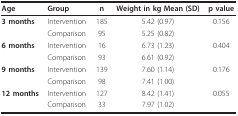
| Age | Group | n | Weight in kg Mean (SD) | p value |
 | --- | --- | --- | --- | --- |
 | 3 months | Intervention | 185 | 5.42 (0.97) | 0.156 |
 |  | Comparison | 95 | 5.25 (0.82) |  |
 | 6 months | Intervention | 16 | 6.73 (1.23) | 0.404 |
 |  | Comparison | 93 | 6.61 (0.92) |  |
 | 9 months | Intervention | 139 | 7.60 (1.14) | 0.176 |
 |  | Comparison | 98 | 7.41 (1.00) |  |
 | 12 months | Intervention | 127 | 8.42 (1.41) | 0.055 |
 |  | Comparison | 33 | 7.97 (1.02) |  |